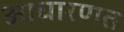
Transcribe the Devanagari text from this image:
आधारणत